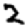
Digit: 2